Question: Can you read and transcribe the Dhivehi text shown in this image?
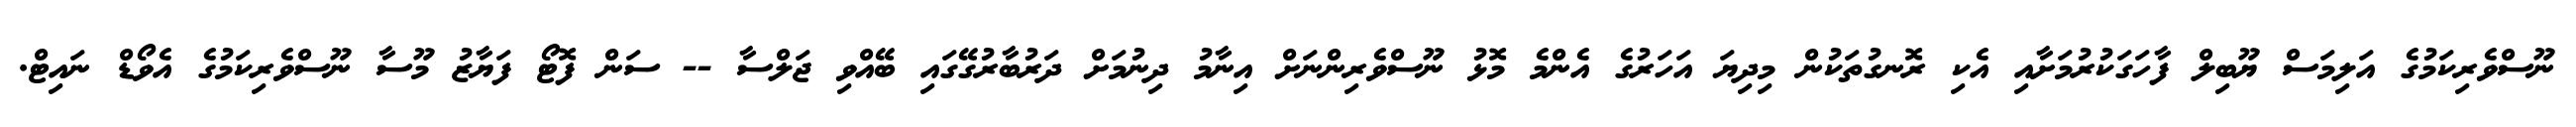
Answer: ނޫސްވެރިކަމުގެ އަލިމަސް ޔޫބިލް ފާހަގަކުރުމަށާއި އެކި ރޮނގުތަކުން މިދިޔަ އަހަރުގެ އެންމެ މޮޅު ނޫސްވެރިންނަށް އިނާމު ދިނުމަށް ދަރުބާރުގޭގައި ބޭއްވި ޖަލްސާ -- ސަން ފޮޓޯ ފަޔާޒު މޫސާ ނޫސްވެރިކަމުގެ އެވޯޑް ނައިޓް.